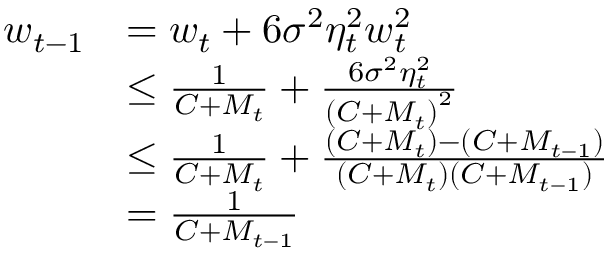
\begin{array} { r l } { w _ { t - 1 } } & { = w _ { t } + 6 \sigma ^ { 2 } \eta _ { t } ^ { 2 } w _ { t } ^ { 2 } } \\ & { \leq \frac { 1 } { C + M _ { t } } + \frac { 6 \sigma ^ { 2 } \eta _ { t } ^ { 2 } } { \left( C + M _ { t } \right) ^ { 2 } } } \\ & { \le \frac { 1 } { C + M _ { t } } + \frac { \left( C + M _ { t } \right) - \left( C + M _ { t - 1 } \right) } { \left( C + M _ { t } \right) \left( C + M _ { t - 1 } \right) } } \\ & { = \frac { 1 } { C + M _ { t - 1 } } } \end{array}